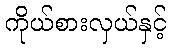
ကိုယ်စားလှယ်နှင့်